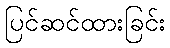
ပြင်ဆင်ထားခြင်း